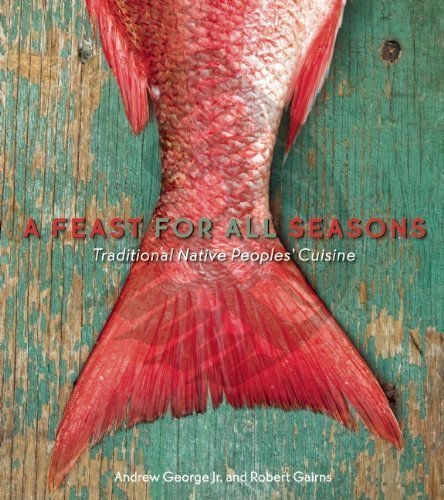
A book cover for Feast for All Seasons: Traditional Native Peoples' Cuisine by Andrew George Jr. (Nov 1 2010); Cookbooks, Food & Wine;